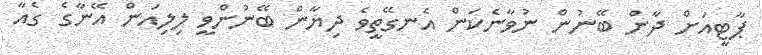
ޕާޓީއަށް ދާން ބޭނުން ނުވާނެކަން އެނގޭތީވެ ދިޔާން ބޭނުންވީ ލިލިއަން އޭނާގެ ގެއާ